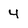
Character: 4